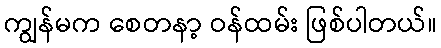
ကျွန်မက စေတနာ့ ဝန်ထမ်း ဖြစ်ပါတယ်။